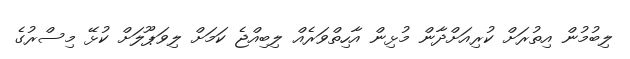
ލިބުމުން އިތުރަށް ކުރިއަށްދާން މުޅިން އާހިތްވަރެއް ލިބިއްޖެ ކަމަށް ލިވަޕޫލަށް ކުޅޭ މިސްރުގެ